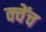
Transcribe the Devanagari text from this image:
क्वेंच